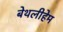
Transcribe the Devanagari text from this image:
बेथलीहेम